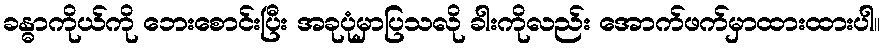
ခန္ဓာကိုယ်ကို ဘေးစောင်းပြီး အခုပုံမှာပြသလို ခါးကိုလည်း အောက်ဖက်မှာထားထားပါ။